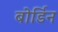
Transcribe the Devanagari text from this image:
बोर्डिन